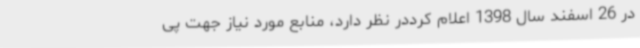
در 26 اسفند سال 1398 اعلام کرددر نظر دارد، منابع مورد نیاز جهت پی